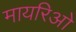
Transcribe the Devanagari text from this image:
मायरिओ